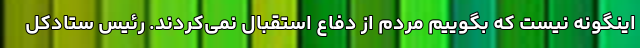
اینگونه نیست که بگوییم مردم از دفاع استقبال نمی‌کردند. رئیس ستادکل